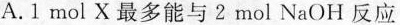
A. 1mol X 最多能与 2 mol NaOH 反应